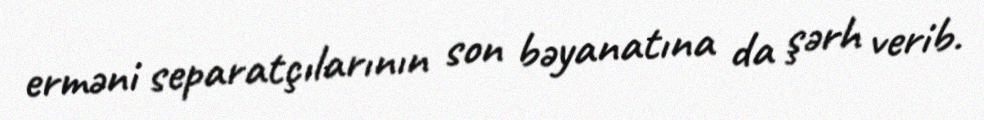
erməni separatçılarının son bəyanatına da şərh verib.